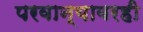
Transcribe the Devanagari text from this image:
परवान्यावरही